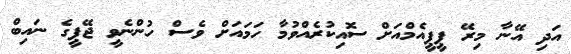
އަދި އޭނާ މިރޭ ޕީޕީއެމްއަށް ސޮއިކުރެއްވުމާ ހަމައަށް ވެސް ހުންނެވީ ޖޭޕީގެ ނައިބް